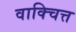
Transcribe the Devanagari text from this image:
वाक्चित्त